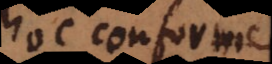
hoc conforme